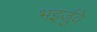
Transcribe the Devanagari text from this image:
भइर्जुवे